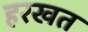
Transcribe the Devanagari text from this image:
हरखत